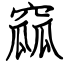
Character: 窳